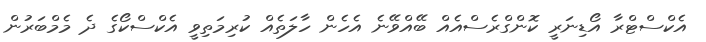
އެކްސްޓްރާ އޯޑިނަރީ ކޮންގްރެސްއެއް ބޭއްވޭނެ އެހެން ހާލަތެއް ކުރިމަތިވީ އެކްސްކޯގެ ދެ މެމްބަރުން